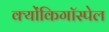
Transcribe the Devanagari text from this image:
क्योंकिगॉस्पेल